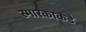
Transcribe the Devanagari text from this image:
स्मारकाकडे